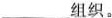
___组织。